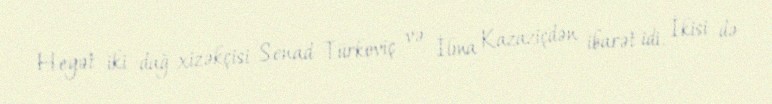
Heyət iki dağ xizəkçisi Senad Türkoviç və İlma Kazaziçdən ibarət idi. İkisi də